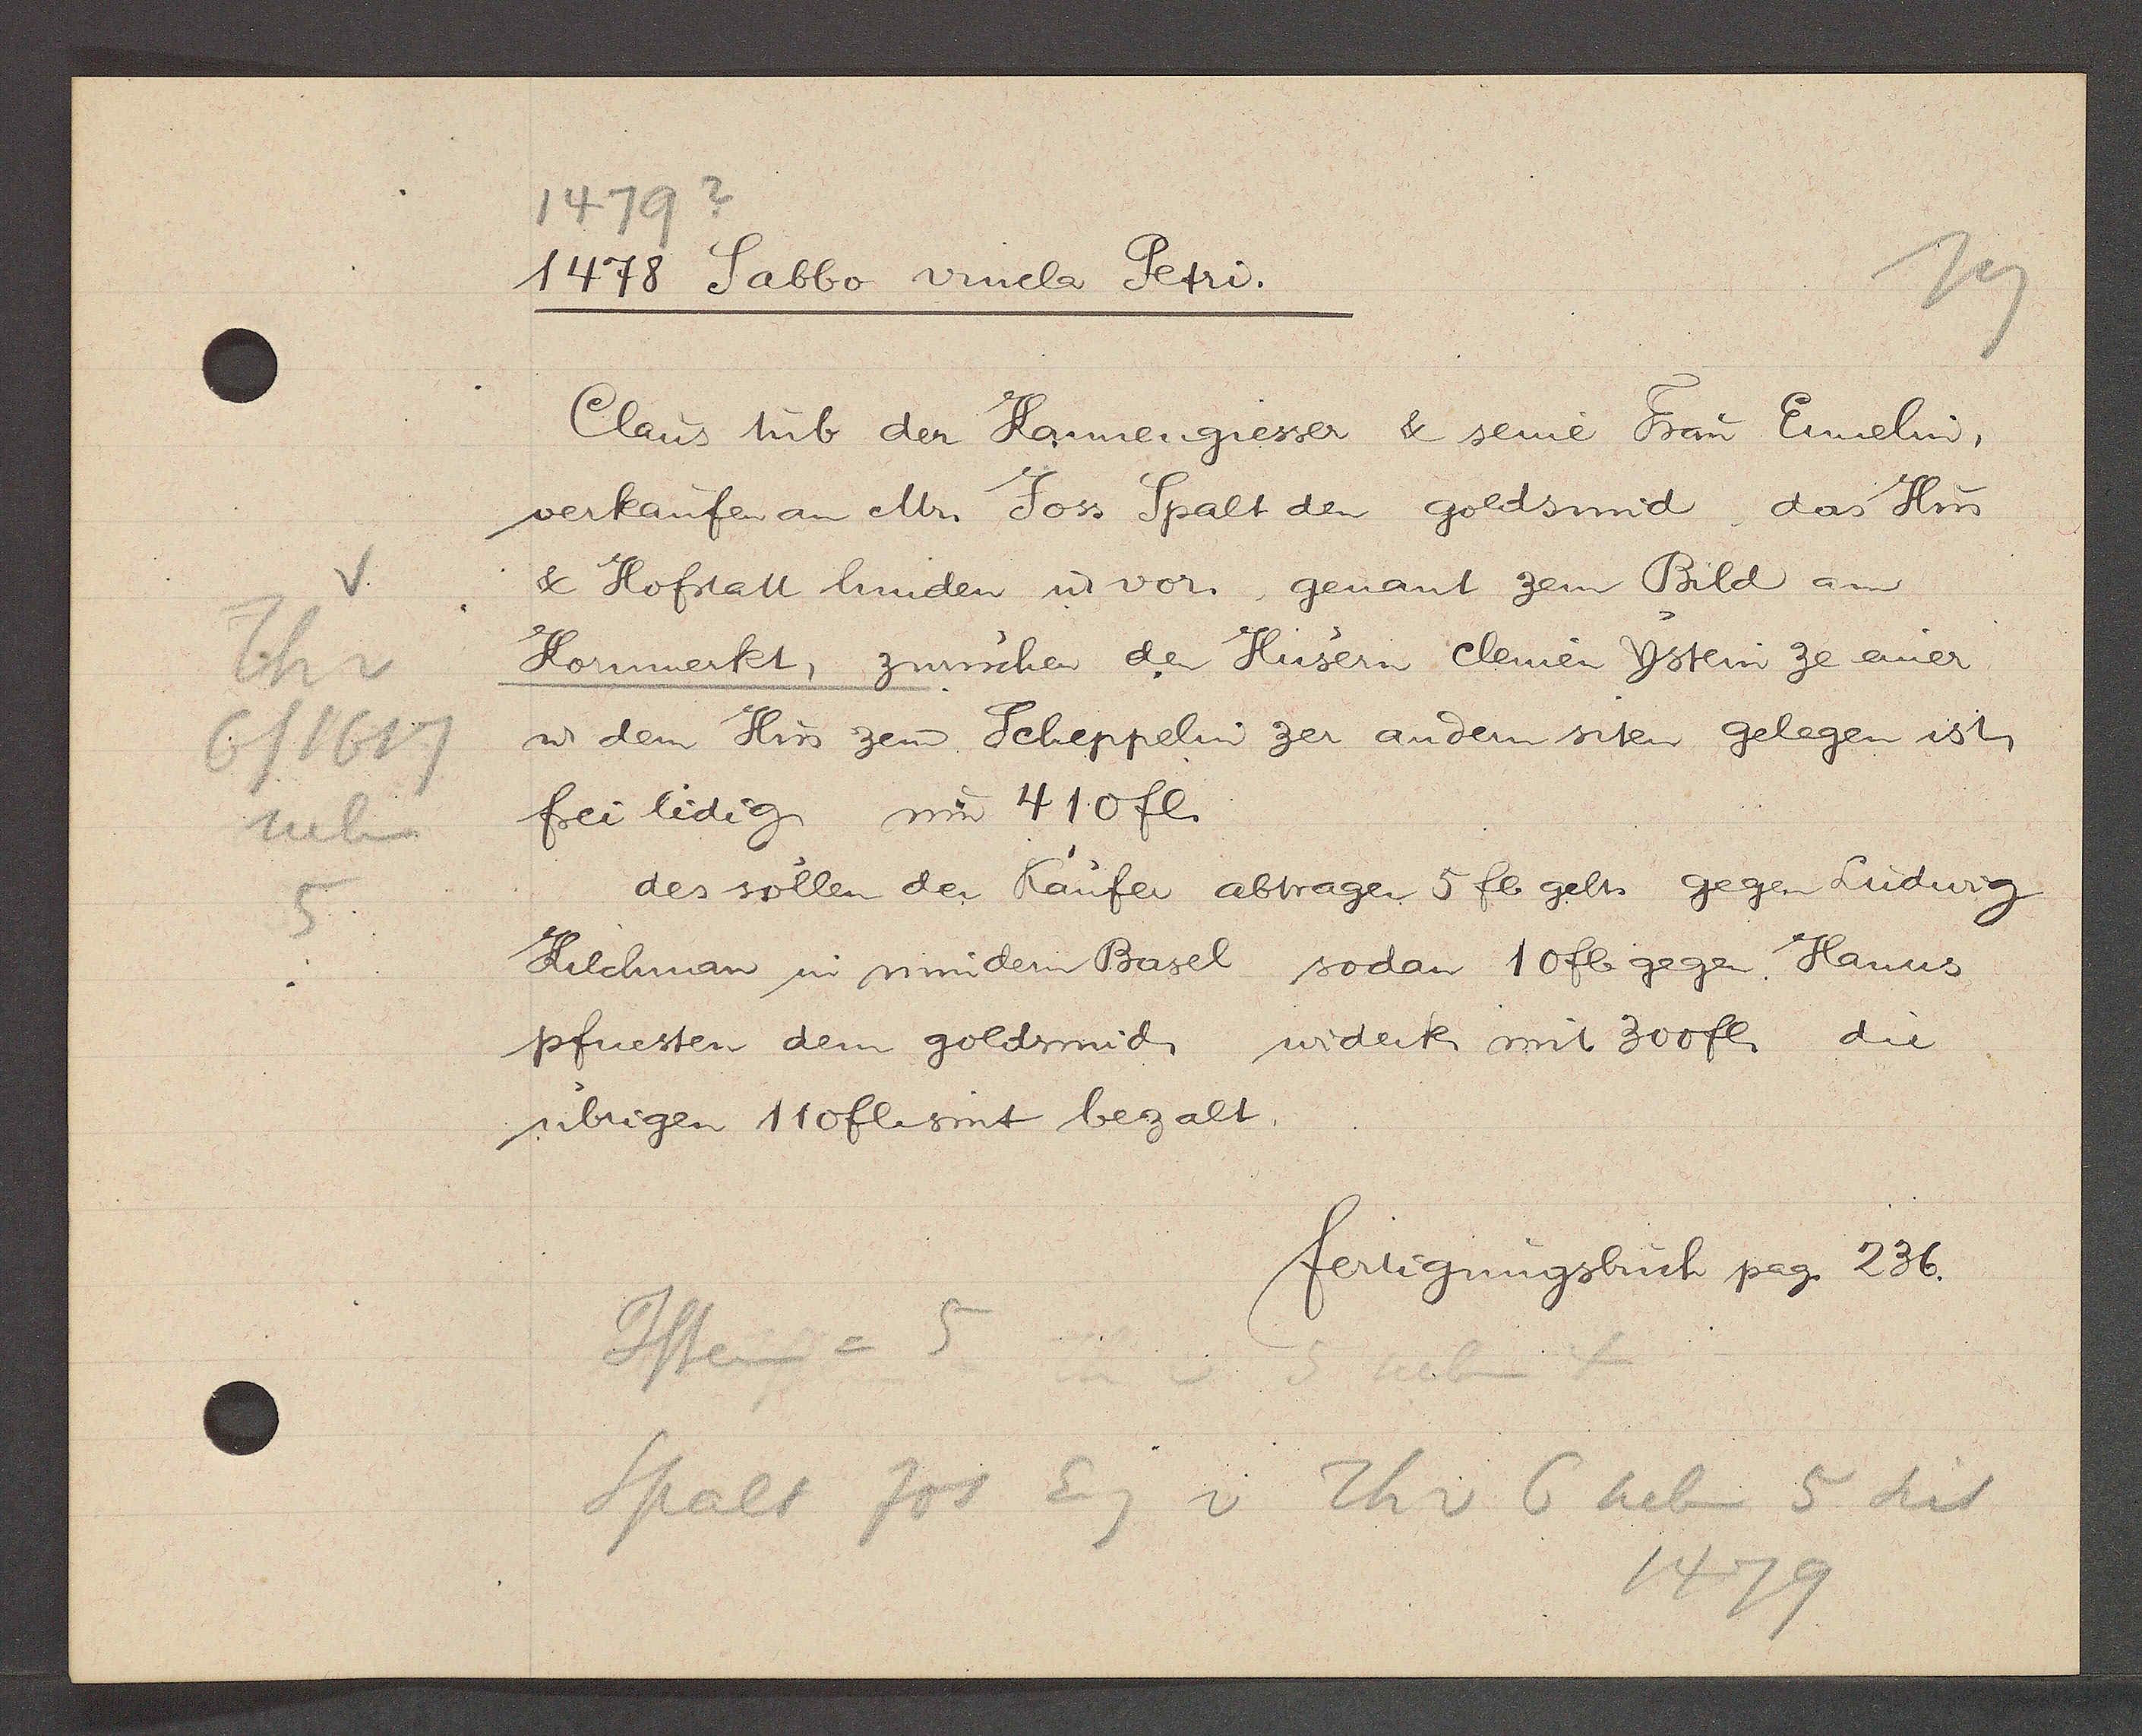
Transcript:
v.
Th v
6/1617
neben
5

1479?
1478 Sabbo vinela Petri.

Claus tub der Kannengiesser & seine Frau Ennelin,
verkaufen an Mr. Joss Spalt den goldsmid, das Hus
& Hofstatt hinden u vor genant zem Bild am
Kornmerkt, zwüschen den Hüsern Clemen Ystein ze einer
u dem Hus zem Scheppelin zer andern siten gelegen ist,
frei lidig um 410 fl.
des sollen der Käufer abtragen 5 fl gelts gegen Ludwig
Kilchman in mindern Basel sodan 10fl gegen Hanns
pfuesten dem goldsmid, widerk mit 300 fl die
übrigen 110fl. sint bezalt.

fertigungsbuch pag. 236.

Jstein = 5
Spalt Jos Eg v Th v 6 neben 5 seit
1479